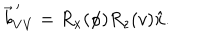
\vec { b } _ { V V } ^ { \, \prime } = R _ { x } ( \phi ) R _ { z } ( v ) \hat { x } .